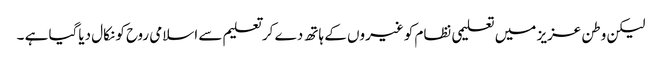
لیکن وطن عزیز میں تعلیمی نظام کو غیروں کے ہاتھ دے کر تعلیم سے اسلامی روح کو نکال دیاگیا ہے ۔